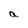
Character: a